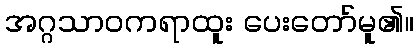
အဂ္ဂသာဝကရာထူး ပေးတော်မူ၏။